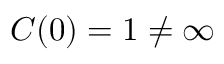
C ( 0 ) = 1 \neq \infty